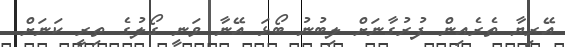
އޭރިޔާ ތެރެއިން ފުރުގާނަށް ލިބުނު ބޯޅަ އޭނާ ވަނީ ގޯލުގެ ތިރީ ކަނަށް